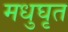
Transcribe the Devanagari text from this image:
मधुघृत